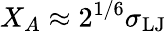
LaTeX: X_{A}\approx 2^{1/6}\sigma_{\mathrm{LJ}}